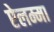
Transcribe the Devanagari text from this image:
ऐलम्मा